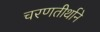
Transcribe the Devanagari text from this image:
चरणतीर्थाने